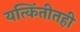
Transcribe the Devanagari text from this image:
यत्किंतीतही